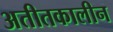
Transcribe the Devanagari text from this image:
अतीतकालीन